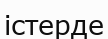
істерде